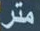
متر